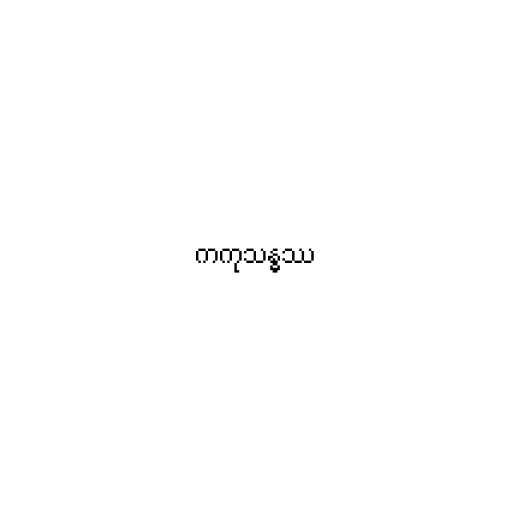
ကကုသန္ဓဿ